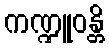
ကဏ္ဍူဝန္တိ